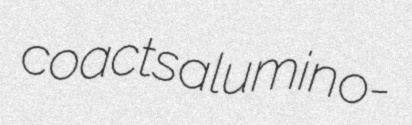
coacts alumino-